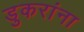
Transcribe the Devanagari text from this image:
डुकरांना